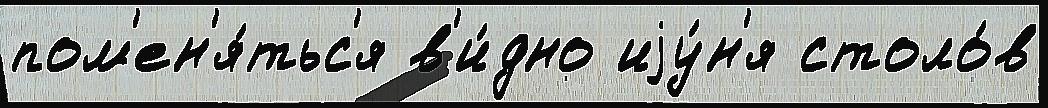
пом'ен'я́тьс'я в'и́дно иjу́н'я столо́в